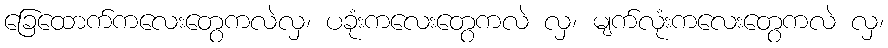
ခြေထောက်ကလေးတွေကလဲလှ၊ ပခုံးကလေးတွေကလဲ လှ၊ မျက်လုံးကလေးတွေကလဲ လှ၊